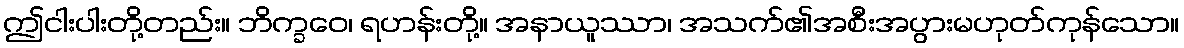
ဤငါးပါးတို့တည်း။ ဘိက္ခဝေ၊ ရဟန်းတို့။ အနာယူဿာ၊ အသက်၏အစီးအပွားမဟုတ်ကုန်သော။